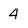
Character: 4